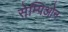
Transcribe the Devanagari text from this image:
सेम्पिओन